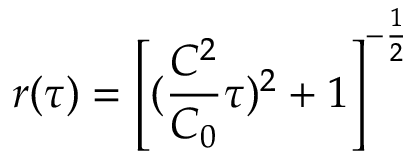
r ( \tau ) = \left[ ( \frac { C ^ { 2 } } { C _ { 0 } } \tau ) ^ { 2 } + 1 \right] ^ { - \frac { 1 } { 2 } }